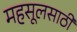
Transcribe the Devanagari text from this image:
महसूलसाठी